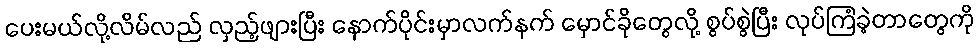
ပေးမယ်လို့လိမ်လည် လှည့်ဖျားပြီး နောက်ပိုင်းမှာလက်နက် မှောင်ခိုတွေလို့ စွပ်စွဲပြီး လုပ်ကြံခဲ့တာတွေကို